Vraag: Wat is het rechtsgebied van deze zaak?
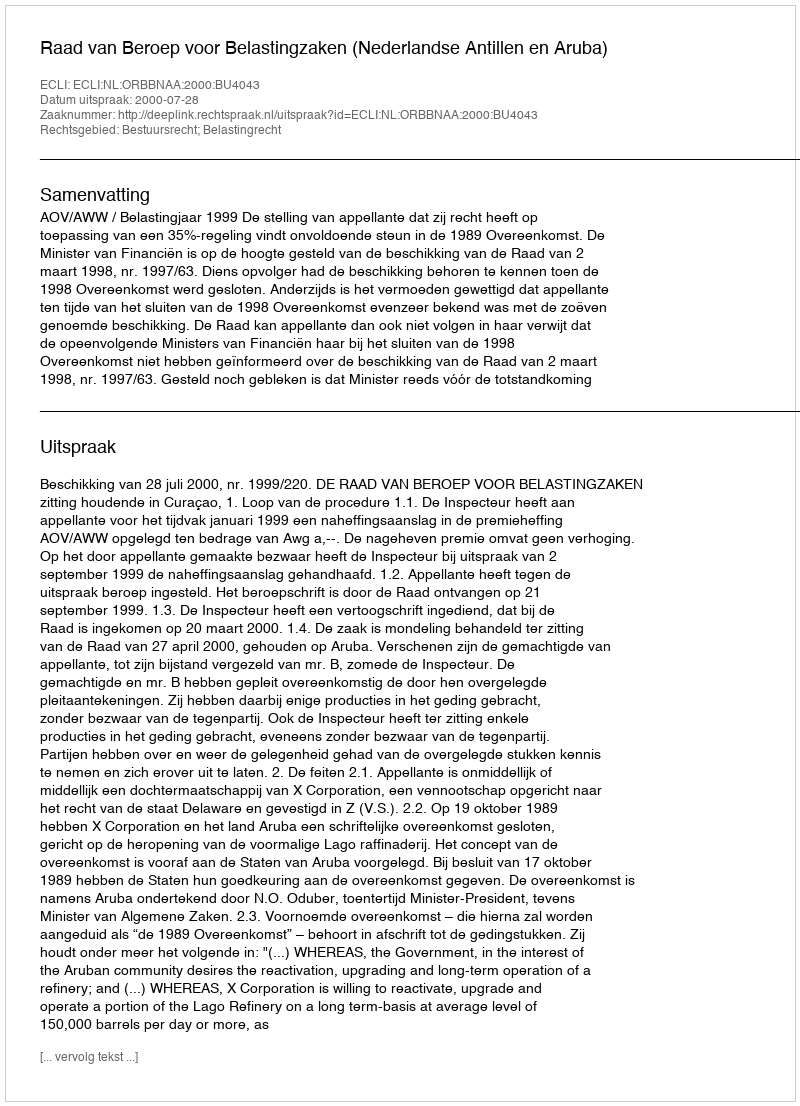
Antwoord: Bestuursrecht; Belastingrecht